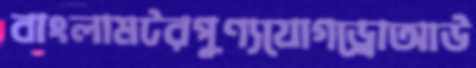
বাংলামটরপুণ্যযোগড্রোআউ